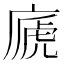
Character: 𢊀